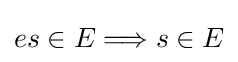
es\in E\Longrightarrow s\in E